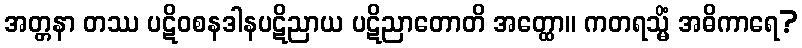
အတ္တနာ တဿ ပဋိဝစနဒါနပဋိညာယ ပဋိညာတောတိ အတ္ထော။ ကတရသ္မိံ အဓိကာရေ?